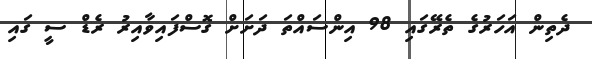
ދެތިން އަހަރުގެ ތެރޭގައި 98 އިންސައްތަ ދަށަށް ގޮސްފައިވާއިރު ރެޑް ސީ ގައި